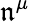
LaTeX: \mathfrak{n}^{\mu}